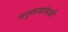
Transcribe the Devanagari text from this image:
मनुवाद्यांसाठी